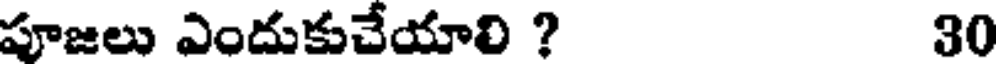
పూజలు ఎందుకుచేయాలి ? 30